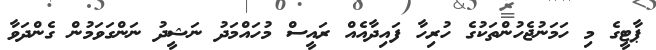
ޕާޓީގެ މި ހަމަނުޖެހުންތަކުގެ ހުރިހާ ފައިދާއެއް ރައީސް މުހައްމަދު ނަޝީދު ނަންގަވަމުން ގެންދަވާ